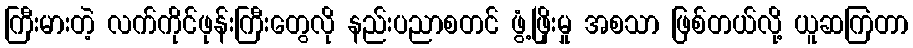
ကြီးမားတဲ့ လက်ကိုင်ဖုန်းကြီးတွေလို နည်းပညာစတင် ဖွံ့ဖြိုးမှု အစသာ ဖြစ်တယ်လို့ ယူဆကြတာ